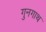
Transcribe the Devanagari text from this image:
गुनगाथ